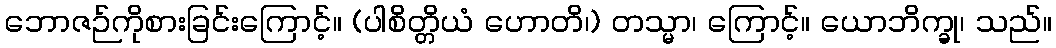
ဘောဇဉ်ကိုစားခြင်းကြောင့်။ (ပါစိတ္တိယံ ဟောတိ၊) တသ္မာ၊ ကြောင့်။ ယောဘိက္ခု၊ သည်။